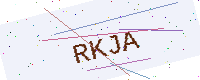
Text: RKJA